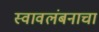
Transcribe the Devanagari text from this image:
स्वावलंबनाचा